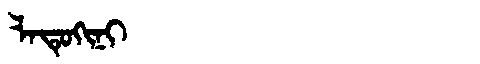
Manchu: ᠯᠠᡨᡠᡴᡳᠨᡳ
Romanization: LATUKINI